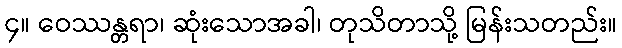
၄။ ဝေဿန္တရာ၊ ဆုံးသောအခါ၊ တုသိတာသို့ မြန်းသတည်း။